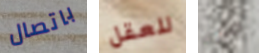
باتصال للعقل من